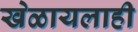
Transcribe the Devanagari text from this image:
खेळायलाही